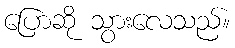
ပြောဆို သွားလေသည်။